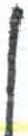
אות: ן